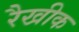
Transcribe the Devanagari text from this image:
रैखीक